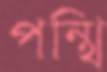
পন্থি